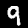
Digit: 9